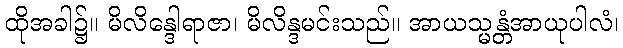
ထိုအခါ၌။ မိလိန္ဒေါရာဇာ၊ မိလိန္ဒမင်းသည်။ အာယသ္မန္တံအာယုပါလံ၊